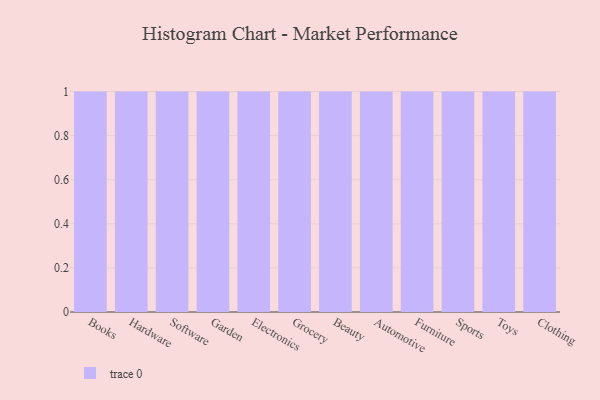
{"axis": {"x": "Category", "y": "Energy Usage (MWh)"}, "legend": [""], "data": [{"x": "Books", "y": 23, "type": ""}, {"x": "Hardware", "y": 7, "type": ""}, {"x": "Software", "y": 20, "type": ""}, {"x": "Garden", "y": 84, "type": ""}, {"x": "Electronics", "y": 6, "type": ""}, {"x": "Grocery", "y": 85, "type": ""}, {"x": "Beauty", "y": 22, "type": ""}, {"x": "Automotive", "y": 51, "type": ""}, {"x": "Furniture", "y": 61, "type": ""}, {"x": "Sports", "y": 72, "type": ""}, {"x": "Toys", "y": 63, "type": ""}, {"x": "Clothing", "y": 23, "type": ""}]}